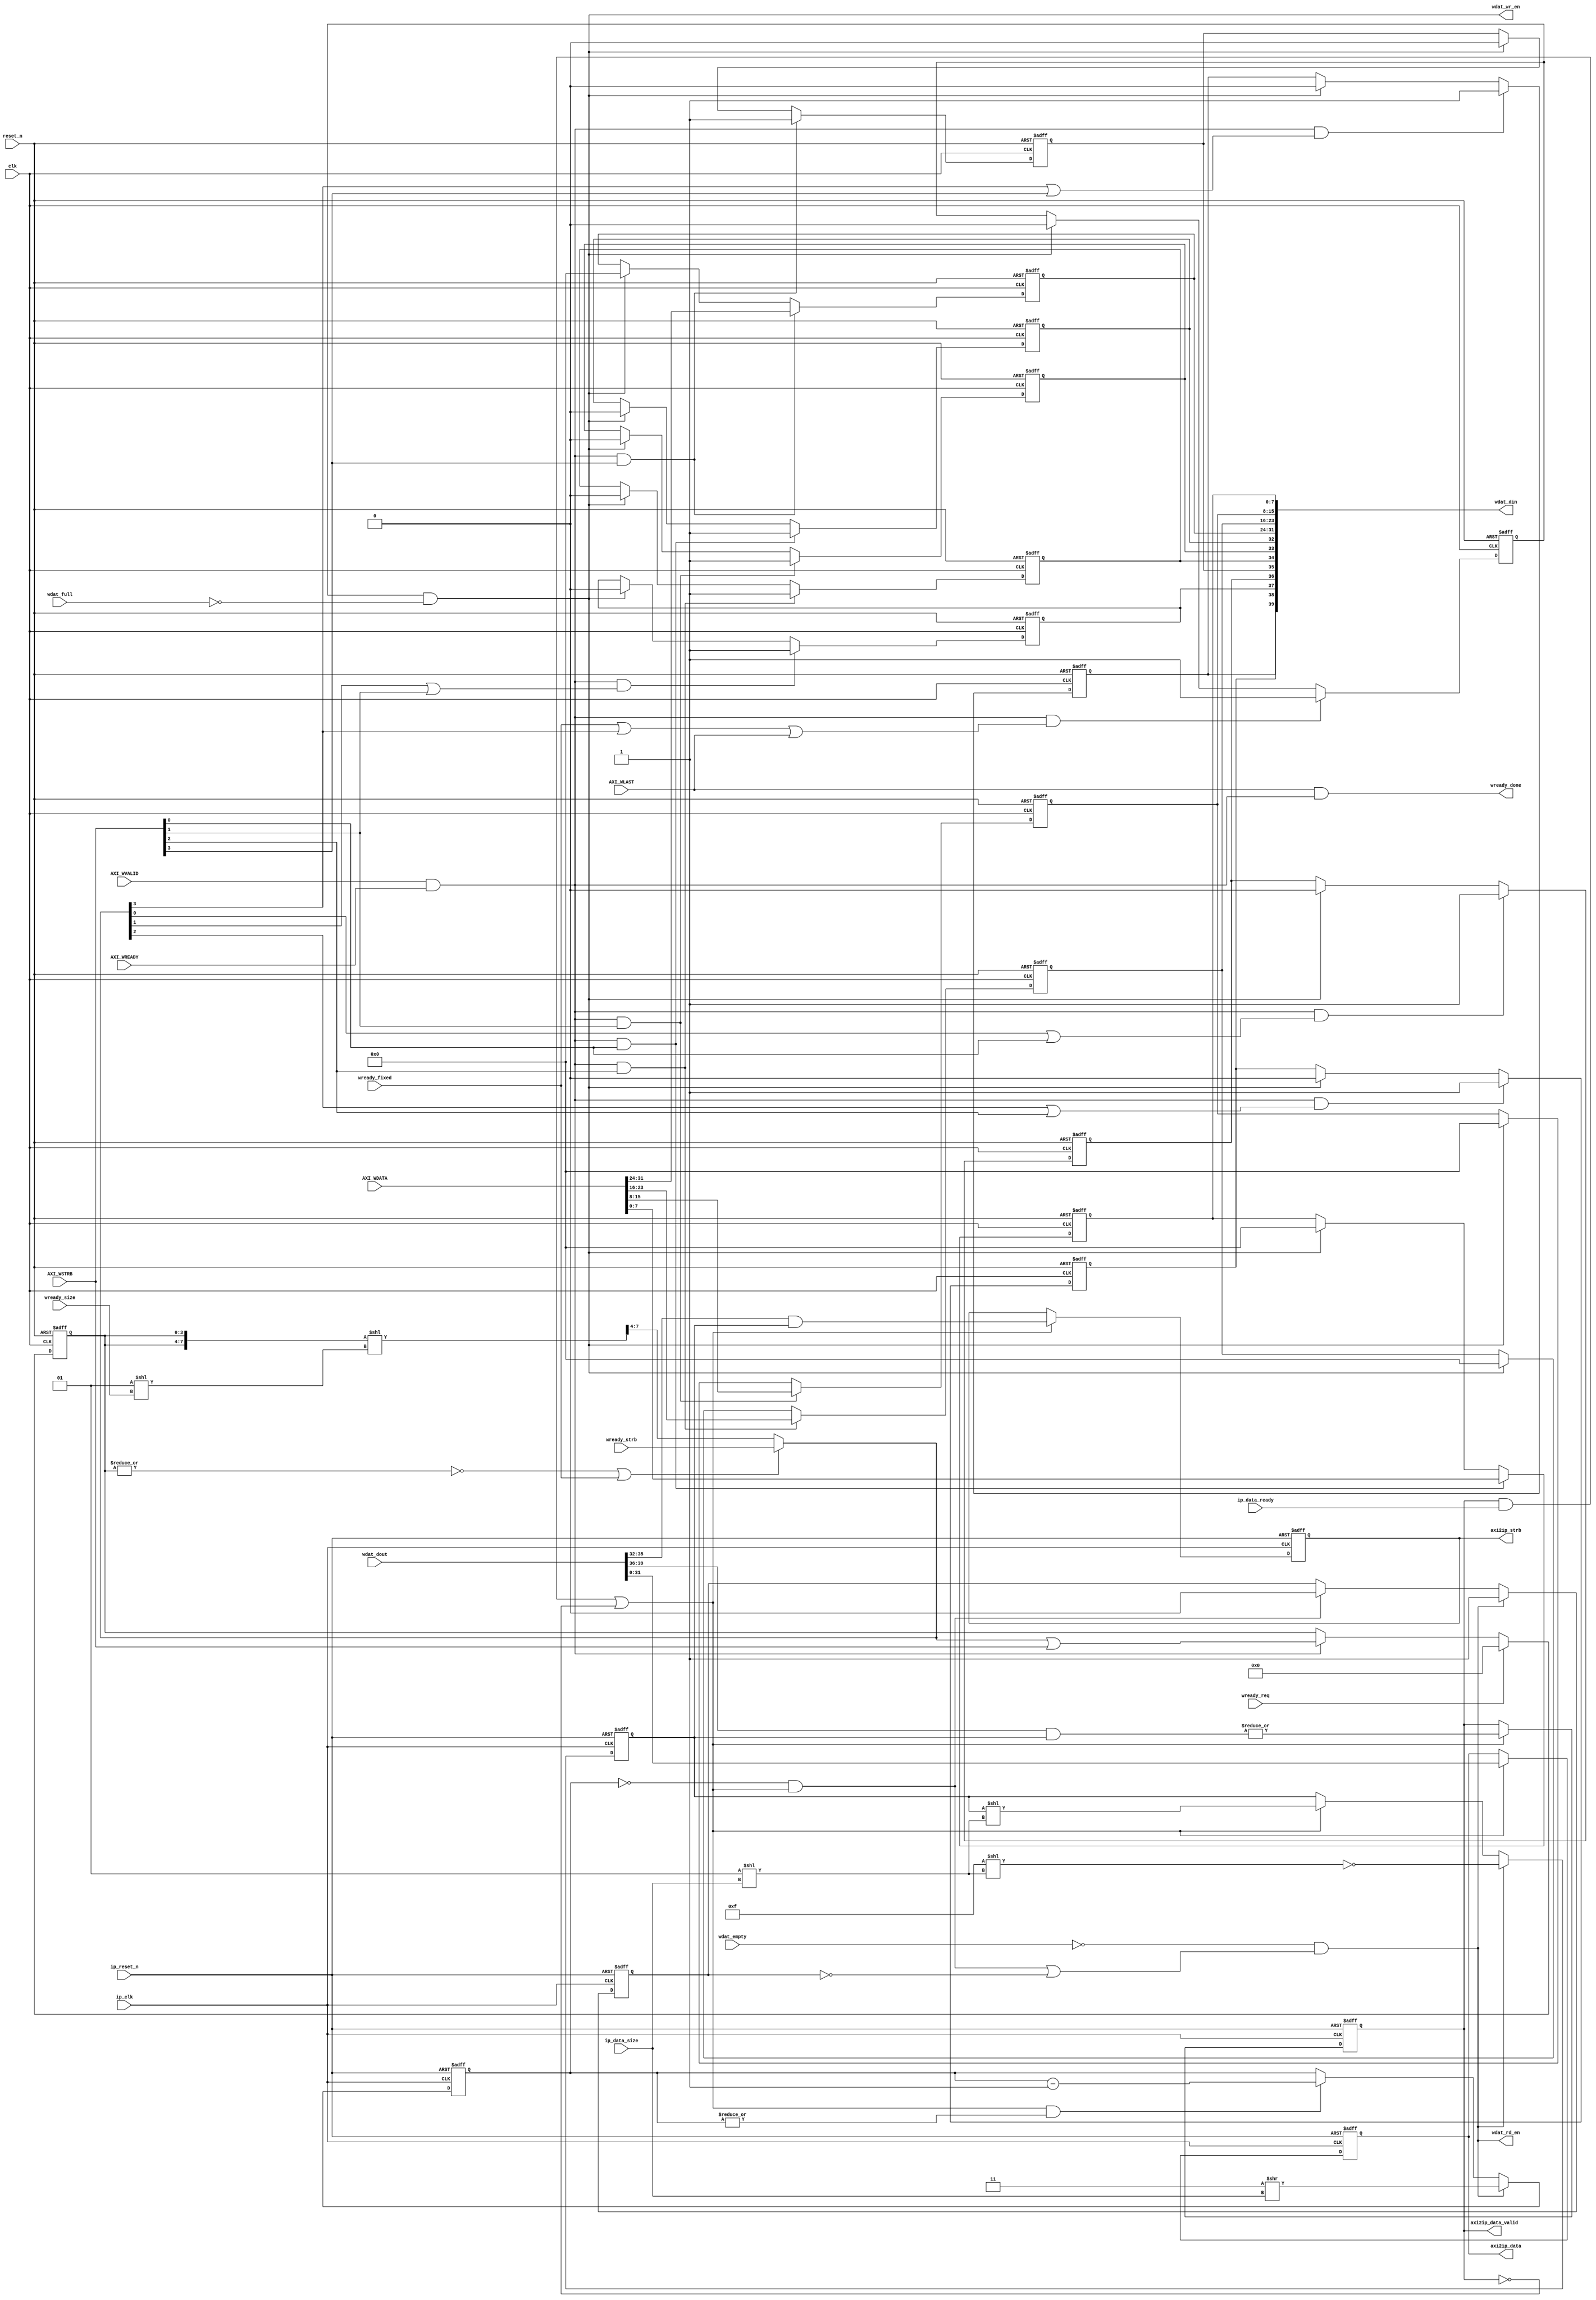
module rpc2_ctrl_axi_wr_data_control (
   // Outputs
   wdat_wr_en, wdat_rd_en, wdat_din, wready_done, axi2ip_data_valid, 
   axi2ip_strb, axi2ip_data, 
   // Inputs
   clk, reset_n, AXI_WDATA, AXI_WSTRB, AXI_WLAST, AXI_WVALID, 
   AXI_WREADY, wdat_empty, wdat_full, wdat_dout, wready_req, 
   wready_size, wready_fixed, wready_strb, ip_clk, ip_reset_n, 
   ip_data_size, ip_data_ready
   );
//   parameter C_AXI_ID_WIDTH   = 'd4;
   parameter C_AXI_DATA_WIDTH = 'd32;
   parameter WDAT_FIFO_DATA_WIDTH = C_AXI_DATA_WIDTH+((C_AXI_DATA_WIDTH*2)/8);

   localparam ADDR_BITS_IN_DATA_WIDTH = (C_AXI_DATA_WIDTH=='d32) ? 2'h2:
                                        (C_AXI_DATA_WIDTH=='d64) ? 2'h3: 2'h0;
   
   // Global System Signals
   input clk;
   input reset_n;

   // Write Data Channel Signals
   input [C_AXI_DATA_WIDTH-1:0] AXI_WDATA;
   input [(C_AXI_DATA_WIDTH/8)-1:0] AXI_WSTRB;
   input                            AXI_WLAST;
   input                            AXI_WVALID;
//   input [C_AXI_ID_WIDTH-1:0]             AXI_WID;
   input                            AXI_WREADY;

   // WDAT FIFO
   input                            wdat_empty;
   input                            wdat_full;
   input [WDAT_FIFO_DATA_WIDTH-1:0]  wdat_dout;
   output                            wdat_wr_en;
   output                            wdat_rd_en;
   output [WDAT_FIFO_DATA_WIDTH-1:0] wdat_din;

   // Address Channel
   input                             wready_req;
   input [1:0]                       wready_size;
   input                             wready_fixed;
   input [(C_AXI_DATA_WIDTH/8)-1:0]  wready_strb;
//   input [C_AXI_ID_WIDTH-1:0]              wready_id;
   output                            wready_done;

   // for IP
   input                             ip_clk;
   input                             ip_reset_n;
   input [1:0]                       ip_data_size;
   input                             ip_data_ready;
   output                            axi2ip_data_valid;
   output [(C_AXI_DATA_WIDTH/8)-1:0] axi2ip_strb;
   output [C_AXI_DATA_WIDTH-1:0]     axi2ip_data;
   
   reg [C_AXI_DATA_WIDTH-1:0]        wdat_data_din;
   reg [(C_AXI_DATA_WIDTH/8)-1:0]    wdat_strb_din;
   reg [(C_AXI_DATA_WIDTH/8)-1:0]    wdat_valid_din;
   
   reg                               wdat_wr_op;
   
   reg [(C_AXI_DATA_WIDTH/8)-1:0]    strb;
   wire [(C_AXI_DATA_WIDTH/8)-1:0]   next_strb;
//   wire [((C_AXI_DATA_WIDTH*2)/8)-1:0] strb_rotate;
   wire [(C_AXI_DATA_WIDTH/8)-1:0]   strb_rotate;
   
   wire                              data_en;
   reg [(C_AXI_DATA_WIDTH/8)-1:0]    ip_data_mask;
   reg [ADDR_BITS_IN_DATA_WIDTH-1:0] xfer_in_unit;
   reg                               in_xfer;

   wire [C_AXI_DATA_WIDTH-1:0]       wdat_data_dout;
   wire [(C_AXI_DATA_WIDTH/8)-1:0]   wdat_strb_dout;
   wire [(C_AXI_DATA_WIDTH/8)-1:0]   wdat_valid_dout;

   wire                              w_en;
   /*AUTOREG*/
   // Beginning of automatic regs (for this module's undeclared outputs)
   reg [C_AXI_DATA_WIDTH-1:0]axi2ip_data;
   reg                  axi2ip_data_valid;
   reg [(C_AXI_DATA_WIDTH/8)-1:0]axi2ip_strb;
   // End of automatics

   //------------------------------------------------
   // WRITE
   //------------------------------------------------
//   assign w_en = AXI_WVALID & AXI_WREADY & (AXI_WID==wready_id);
   assign w_en = AXI_WVALID & AXI_WREADY;
   assign wready_done = AXI_WLAST & w_en;
   
   assign wdat_din = {wdat_valid_din, wdat_strb_din, wdat_data_din};
   assign wdat_wr_en = wdat_wr_op & ~wdat_full;

//   assign strb_rotate = {strb, strb} << (1<<wready_size);
   assign strb_rotate = ({strb, strb}<<(1<<wready_size))>>(C_AXI_DATA_WIDTH/8);
   assign next_strb = ((~|strb) || wready_fixed) ? 
//                      wready_strb: strb_rotate[((C_AXI_DATA_WIDTH*2)/8)-1:(C_AXI_DATA_WIDTH/8)];
                        wready_strb: strb_rotate;
   
   // wdat_wr_op
   always @(posedge clk or negedge reset_n) begin
      if (~reset_n)
        wdat_wr_op <= 1'b0;
      else if (w_en & (wready_fixed | next_strb[(C_AXI_DATA_WIDTH/8)-1] | AXI_WLAST))
        wdat_wr_op <= 1'b1;
      else if (wdat_wr_en)
        wdat_wr_op <= 1'b0;
   end

   // strobe
   always @(posedge clk or negedge reset_n) begin
      if (~reset_n)
        strb <= {(C_AXI_DATA_WIDTH/8){1'b0}};
      else if (wready_req)
        strb <= {(C_AXI_DATA_WIDTH/8){1'b0}};
      else if (w_en)
        strb <= next_strb | AXI_WSTRB;
   end
   
   genvar i;

   // wdat_data_din
   generate for (i = 0; i < (C_AXI_DATA_WIDTH/8); i=i+1) begin: wdat_data_din_loop
      always @(posedge clk or negedge reset_n) begin
         if (~reset_n)
           wdat_data_din[i*8+:8] <= 8'h00;
         else if (w_en & AXI_WSTRB[i])
           wdat_data_din[i*8+:8] <= AXI_WDATA[i*8+:8];
         else if (wdat_wr_en)
           wdat_data_din[i*8+:8] <= 8'h00;
      end
   end
   endgenerate

   // wdat_strb_din
   generate for (i = 0; i < (C_AXI_DATA_WIDTH/8); i=i+1) begin: wdat_strb_din_loop
      always @(posedge clk or negedge reset_n) begin
         if (~reset_n)
           wdat_strb_din[i] <= 1'b0;
         else if (w_en & AXI_WSTRB[i])
           wdat_strb_din[i] <= 1'b1;
         else if (wdat_wr_en)
           wdat_strb_din[i] <= 1'b0;
      end
   end
   endgenerate

   // wdat_valid_din
   generate for (i = 0; i < (C_AXI_DATA_WIDTH/8); i=i+1) begin: wdat_valid_din_loop
      always @(posedge clk or negedge reset_n) begin
         if (~reset_n)
           wdat_valid_din[i] <= 1'b0;
         else if (w_en & (next_strb[i] | AXI_WSTRB[i]))
           wdat_valid_din[i] <= 1'b1;
         else if (wdat_wr_en)
           wdat_valid_din[i] <= 1'b0;
      end
   end
   endgenerate

   //------------------------------------------------
   // READ
   //------------------------------------------------
   assign data_en = (axi2ip_data_valid&ip_data_ready) | ~axi2ip_data_valid;
   assign wdat_rd_en = (~wdat_empty) && (((xfer_in_unit==0)&&data_en) || ~in_xfer);
   assign wdat_data_dout = wdat_dout[C_AXI_DATA_WIDTH-1:0];
   assign wdat_strb_dout = wdat_dout[(((C_AXI_DATA_WIDTH/8)+C_AXI_DATA_WIDTH)-1):C_AXI_DATA_WIDTH];
   assign wdat_valid_dout = wdat_dout[WDAT_FIFO_DATA_WIDTH-1:WDAT_FIFO_DATA_WIDTH-(C_AXI_DATA_WIDTH/8)];
   
   // ip_data_mask
   always @(posedge ip_clk or negedge ip_reset_n) begin
      if (~ip_reset_n)
        ip_data_mask <= {(C_AXI_DATA_WIDTH/8){1'b0}};
      else if (wdat_rd_en)
        ip_data_mask <= ~({(C_AXI_DATA_WIDTH/8){1'b1}}<<(1<<ip_data_size));
      else if (data_en)
        ip_data_mask <= ip_data_mask << (1<<ip_data_size);
   end

   // xfer_in_unit
   always @(posedge ip_clk or negedge ip_reset_n) begin
      if (~ip_reset_n)
        xfer_in_unit <= {ADDR_BITS_IN_DATA_WIDTH{1'b0}};
      else if (wdat_rd_en)
        xfer_in_unit <= {ADDR_BITS_IN_DATA_WIDTH{1'b1}}>>ip_data_size;
      else if (data_en && |xfer_in_unit)
        xfer_in_unit <= xfer_in_unit - 1'b1;
   end

   // in transfer
   always @(posedge ip_clk or negedge ip_reset_n) begin
      if (~ip_reset_n)
        in_xfer <= 1'b0;
      else if (wdat_rd_en)
        in_xfer <= 1'b1;
      else if ((xfer_in_unit==0) && data_en)
        in_xfer <= 1'b0;
   end

   //
   always @(posedge ip_clk or negedge ip_reset_n) begin
      if (~ip_reset_n)
        axi2ip_strb <= {(C_AXI_DATA_WIDTH/8){1'b0}};
      else if (data_en)
        axi2ip_strb <= wdat_strb_dout & ip_data_mask;
   end
        
   //
   always @(posedge ip_clk or negedge ip_reset_n) begin
      if (~ip_reset_n)
        axi2ip_data_valid <= 1'b0;
      else if (data_en)
        axi2ip_data_valid <= |(wdat_valid_dout & ip_data_mask);
   end

   //
   always @(posedge ip_clk or negedge ip_reset_n) begin
      if (~ip_reset_n)
        axi2ip_data <= {C_AXI_DATA_WIDTH{1'b0}};
      else if (data_en)
        axi2ip_data <= wdat_data_dout;
   end
   
endmodule